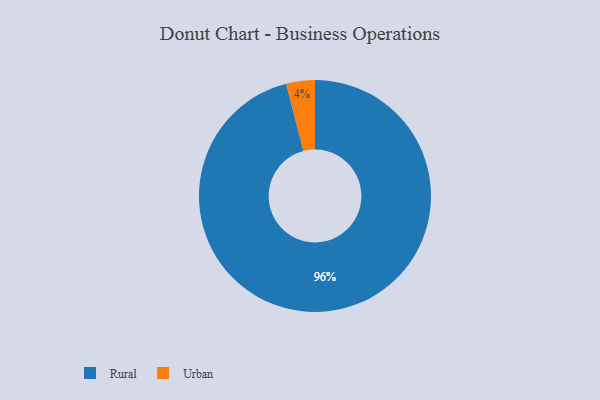
{"axis": {"x": "Category", "y": "Percentage"}, "legend": ["Rural", "Urban"], "data": [{"x": "Urban", "y": 4, "type": "Urban"}, {"x": "Rural", "y": 96, "type": "Rural"}]}